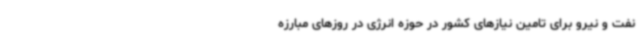
نفت و نیرو برای تامین نیازهای کشور در حوزه انرژی در روزهای مبارزه